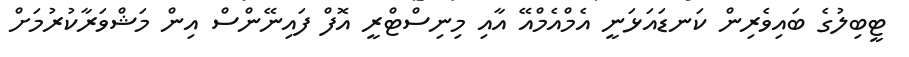
ޓީބިލުގެ ބައިވެރިން ކަނޑައަޅަނީ އެމްއެމްއޭ އާއި މިނިސްޓްރީ އޮފް ފައިނޭންސް އިން މަޝްވަރާކުރުމަށް